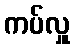
ကပ်လှူ